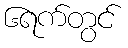
၆ရက်တွင်